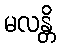
မလန္တိ